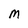
Character: M